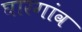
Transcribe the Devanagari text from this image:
घारगांव